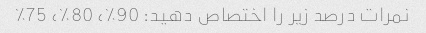
نمرات درصد زیر را اختصاص دهید: 90٪، 80٪، 75٪